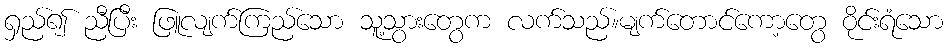
ရှည်၍ ညီပြီး ဖြူလျက်ကြည်သော သူ့သွားတွေက လက်သည်။မျက်တောင်ကော့တွေ ဝိုင်းရံသော